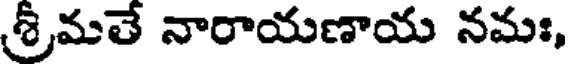
శ్రీమతే నారాయణాయ నమః,